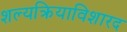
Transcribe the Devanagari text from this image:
शल्यक्रियाविशारद